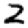
Digit: 2